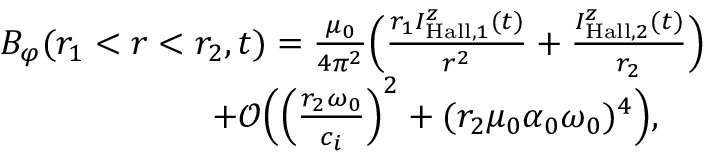
\begin{array} { r l } & { B _ { \varphi } ( r _ { 1 } < r < r _ { 2 } , t ) = \frac { \mu _ { 0 } } { 4 \pi ^ { 2 } } \Big ( \frac { r _ { 1 } I _ { \mathrm { H a l l } , 1 } ^ { z } ( t ) } { r ^ { 2 } } + \frac { I _ { \mathrm { H a l l } , 2 } ^ { z } ( t ) } { r _ { 2 } } \Big ) } \\ & { \qquad \qquad \qquad + \mathcal { O } \Big ( \Big ( \frac { r _ { 2 } \omega _ { 0 } } { c _ { i } } \Big ) ^ { 2 } + ( r _ { 2 } \mu _ { 0 } \alpha _ { 0 } \omega _ { 0 } ) ^ { 4 } \Big ) , } \end{array}